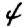
Digit: 4